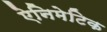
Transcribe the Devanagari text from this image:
ऐनिमेटिक